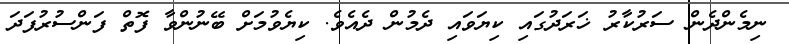
ނިމެންދެން ސަރުކާރު ޚަރަދުގައި ކިޔަވައި ދެމުން ދެއެވެ. ކިޔެވުމަށް ބޭނުންވާ ފޮތް ފަންސުރުފަދަ